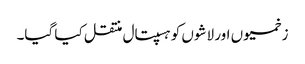
زخمیوں اور لاشوں کو ہسپتال منتقل کیا گیا۔